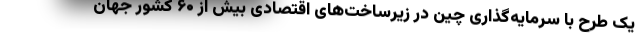
یک طرح با سرمایه‌گذاری چین در زیرساخت‌های اقتصادی بیش از ۶۰ کشور جهان